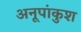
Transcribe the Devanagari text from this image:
अनूपांकुश